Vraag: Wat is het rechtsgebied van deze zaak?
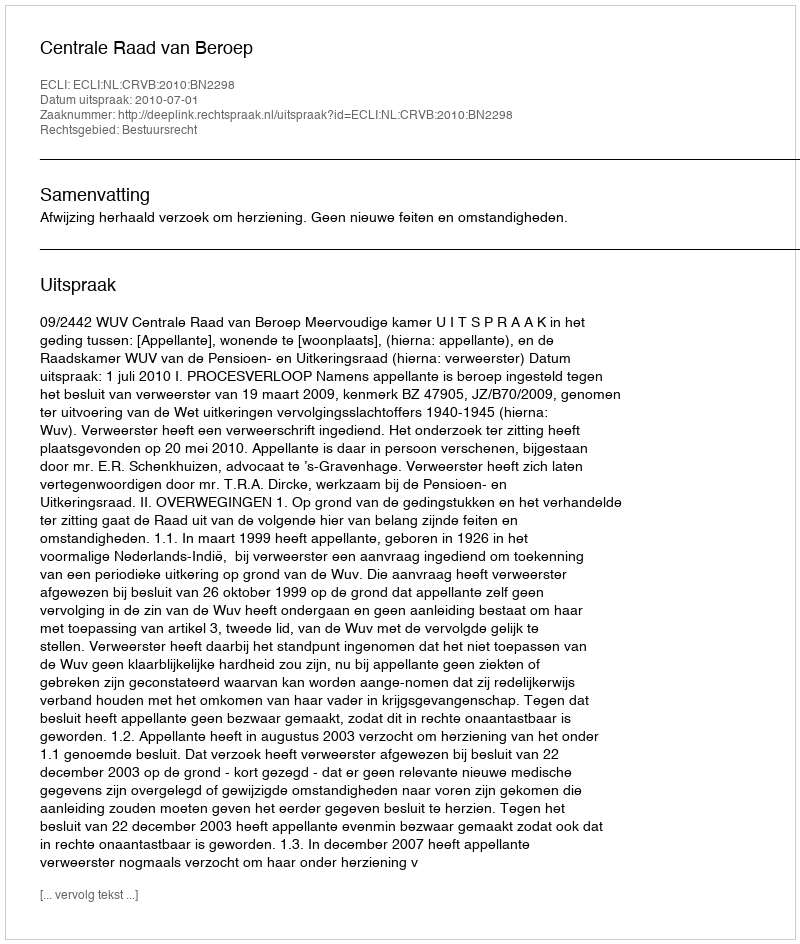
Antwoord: Bestuursrecht